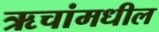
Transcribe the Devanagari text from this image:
ऋचांमधील